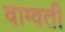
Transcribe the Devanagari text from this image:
वाग्वती